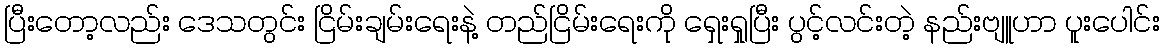
ပြီးတော့လည်း ဒေသတွင်း ငြိမ်းချမ်းရေးနဲ့ တည်ငြိမ်းရေးကို ရှေးရှုပြီး ပွင့်လင်းတဲ့ နည်းဗျူဟာ ပူးပေါင်း